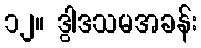
၁၂။ ဒွါဒသမအခန်း